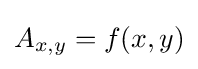
A_{x,y}=f(x,y)